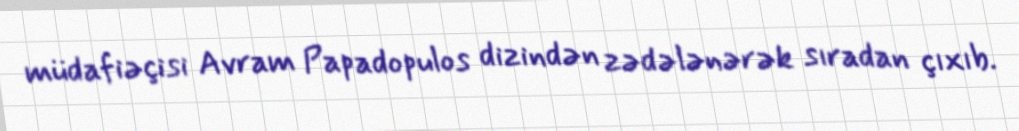
müdafiəçisi Avram Papadopulos dizindən zədələnərək sıradan çıxıb.